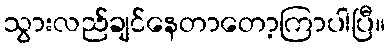
သွားလည်ချင်နေတာတော့ကြာပါပြီ။